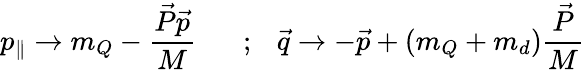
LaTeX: p_{\parallel}\rightarrow m_{Q}-\frac{\vec{P}\vec{p}}{M}\ \ \, \ \ \ \ ;\ \ \ \vec{q}\rightarrow-\vec{p}+(m_{Q}+m_{d})\frac{\vec{P}}{M}